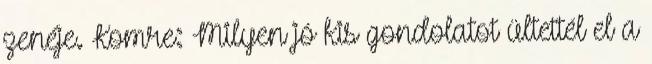
zenéje. Komre: Milyen jó kis gondolatot ültettél el a